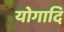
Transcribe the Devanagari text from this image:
योगादि